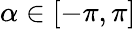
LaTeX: \alpha\in[-\pi,\pi]